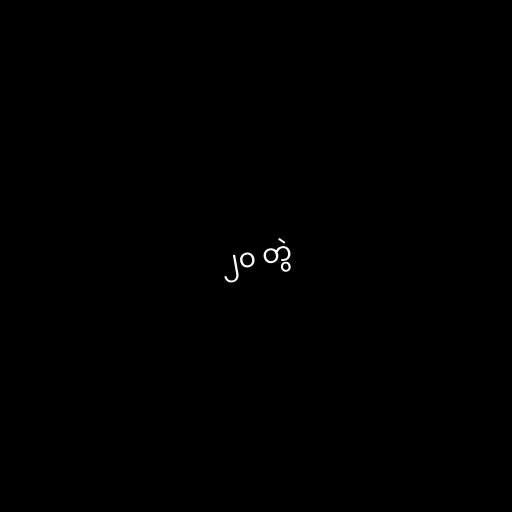
၂၀ တွဲ